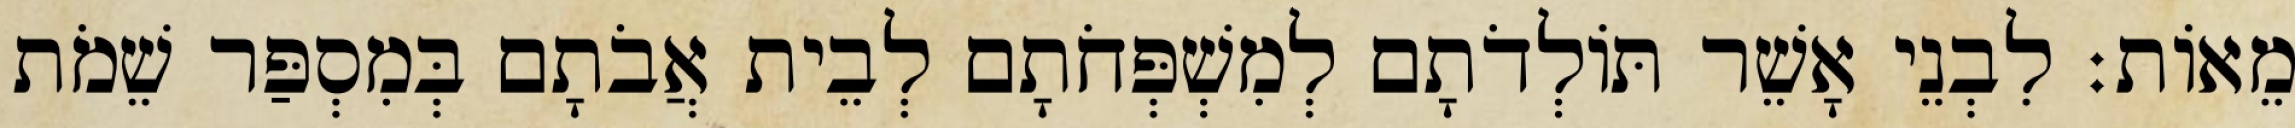
מֵאוֹת׃ לִבְנֵי אָשֵׁר תּוֹלְדֹתָם לְמִשְׁפְּחֹתָם לְבֵית אֲבֹתָם בְּמִסְפַּר שֵׁמֹת